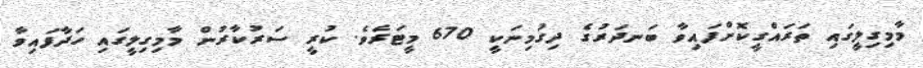
މާމިގިލީގައި ތަރައްގީކޮށްފައިވާ ބަނދަރުގެ ދިގުމިނަކީ 670 މީޓަރެވެ. ކުރީ ސަރުކާރުން މާމިގިލީގައި ހަދާފައިވާ